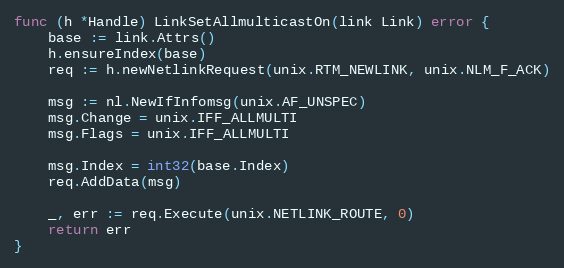
Language: Go
func (h *Handle) LinkSetAllmulticastOn(link Link) error {
	base := link.Attrs()
	h.ensureIndex(base)
	req := h.newNetlinkRequest(unix.RTM_NEWLINK, unix.NLM_F_ACK)

	msg := nl.NewIfInfomsg(unix.AF_UNSPEC)
	msg.Change = unix.IFF_ALLMULTI
	msg.Flags = unix.IFF_ALLMULTI

	msg.Index = int32(base.Index)
	req.AddData(msg)

	_, err := req.Execute(unix.NETLINK_ROUTE, 0)
	return err
}